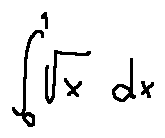
\int \limits _ { 0 } ^ { 1 } \sqrt { x } d x